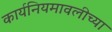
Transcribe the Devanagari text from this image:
कार्यनियमावलीच्या